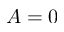
A = 0